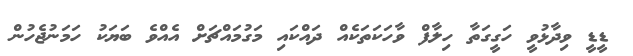
ޑީޑީ ވިދާޅުވީ ހަގީގަތާ ހިލާފް ވާހަކަތަކެއް ދައްކައި މަގުމައްޗަށް އެއްވެ ބަޔަކު ހަމަނުޖެހުން